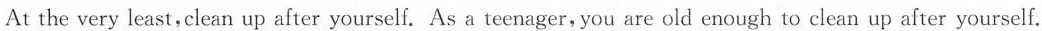
At the very least,clean up after yourself. As a teenager, you are old enough to clean up after yourself.